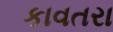
કાવતરા